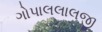
ગોપાલલાલજી